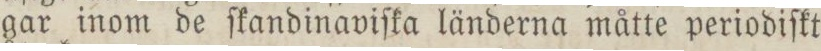
gar inom de ſkandinaviſka länderna måtte periodiſkt